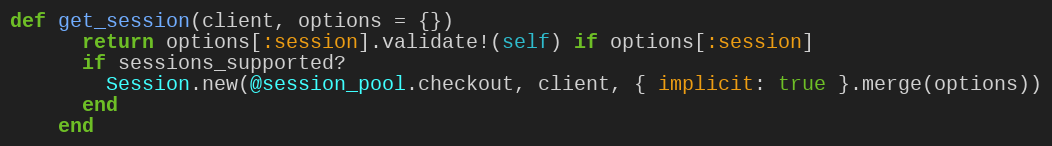
Language: Ruby
def get_session(client, options = {})
      return options[:session].validate!(self) if options[:session]
      if sessions_supported?
        Session.new(@session_pool.checkout, client, { implicit: true }.merge(options))
      end
    end